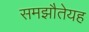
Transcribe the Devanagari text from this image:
समझौतेयह